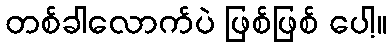
တစ်ခါလောက်ပဲ ဖြစ်ဖြစ် ပေါ့။